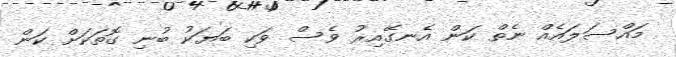
މައްސަލައެއް ނެތް ކަން އެނގޭއިރު ވެސް ވަކި ބަޔަކު ބުނި ގޮތަކަށް ކަން